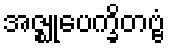
အဇ္ဈုပေက္ခိတဗ္ဗံ